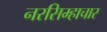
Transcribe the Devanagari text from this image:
नरसिम्हाचार